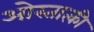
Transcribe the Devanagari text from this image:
ओस्तात्की